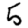
Digit: 5